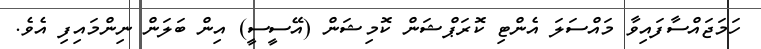
ހަމަޖައްސާފައިވާ މައްސަލަ އެންޓި ކޮރަޕްޝަން ކޮމިޝަން (އޭސީސީ) އިން ބަލަން ނިންމައިފި އެވެ.